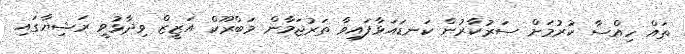
ތައް ހިއްސާ ކުރުމަށް ސަރުކާރުން ކަނޑައަޅާފައިވާ ތަރުޖަމާން މަބްރޫކް އަޒީޒް ވިދާޅުވީ ރަޝިޔާގައި